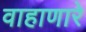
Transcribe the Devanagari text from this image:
वाहाणारे